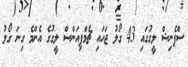
ސްޕެނިޝް ލީގުގައި 43 ގޯލު ޖަހައި ޗެމްޕިއަންސް ލީގުގެ އެންމެ ގިނަ ގޯލު